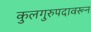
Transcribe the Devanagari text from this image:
कुलगुरुपदावरून